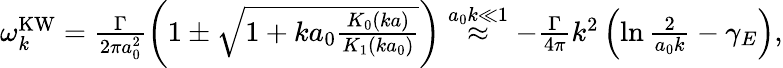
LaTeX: \begin{array}{r}{\omega_{k}^{\mathrm{KW}}=\frac{\Gamma}{2\pi a_{0}^{2}}\left(1\pm\sqrt{1+ka_{0}\frac{K_{0}(ka)}{K_{1}(ka_{0})}}\right)\stackrel{a_{0}k\ll 1}{\approx}-\frac{\Gamma}{4\pi}k^{2}\left(\ln\frac{2}{a_{0}k}-\gamma_{E}\right),}\end{array}